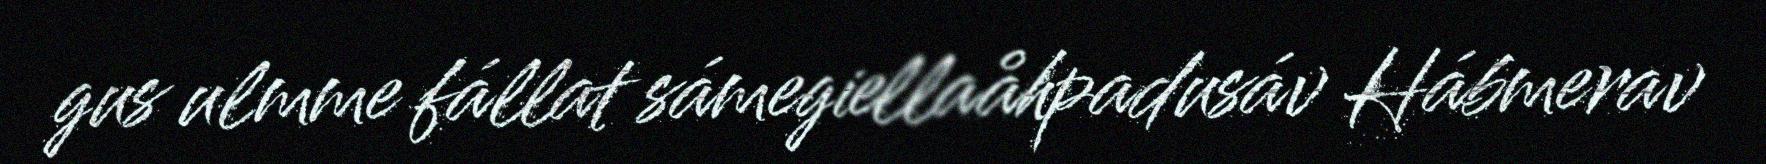
gus ulmme fállat sámegiellaåhpadusáv Hábmerav